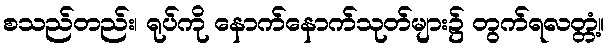
စသည်တည်း၊ ရုပ်ကို နောက်နောက်သုတ်များ၌ တွက်ရလတ္တံ့။